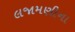
લજામણીના